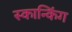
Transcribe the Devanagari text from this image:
स्कान्किंग